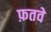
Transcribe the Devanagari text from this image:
फ़तवे